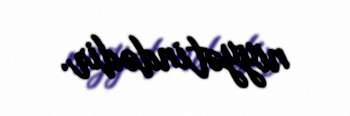
niyyətindədir.